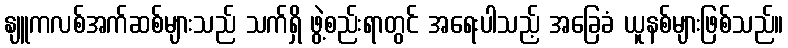
နျူကလစ်အက်ဆစ်များသည် သက်ရှိ ဖွဲ့စည်းရာတွင် အရေးပါသည့် အခြေခံ ယူနစ်များဖြစ်သည်။